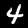
Label: 4